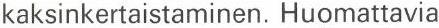
kaksinkertaistaminen. Huomattavia